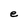
Character: e